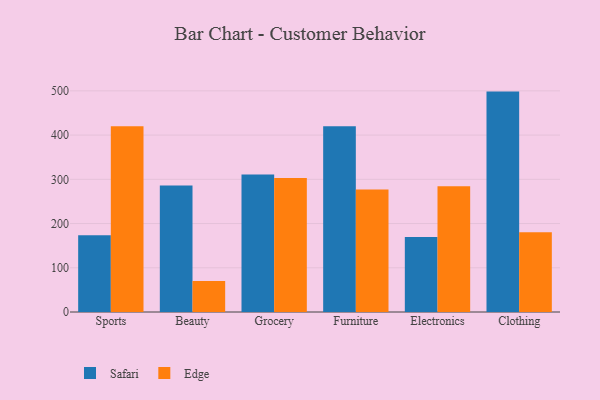
{"axis": {"x": "Category", "y": "LTV (USD)"}, "legend": ["Edge", "Safari"], "data": [{"x": "Sports", "y": 173.8, "type": "Safari"}, {"x": "Sports", "y": 419.8, "type": "Edge"}, {"x": "Beauty", "y": 286.0, "type": "Safari"}, {"x": "Beauty", "y": 70.2, "type": "Edge"}, {"x": "Grocery", "y": 310.9, "type": "Safari"}, {"x": "Grocery", "y": 303.1, "type": "Edge"}, {"x": "Furniture", "y": 419.7, "type": "Safari"}, {"x": "Furniture", "y": 276.7, "type": "Edge"}, {"x": "Electronics", "y": 169.5, "type": "Safari"}, {"x": "Electronics", "y": 284.1, "type": "Edge"}, {"x": "Clothing", "y": 498.3, "type": "Safari"}, {"x": "Clothing", "y": 180.4, "type": "Edge"}]}